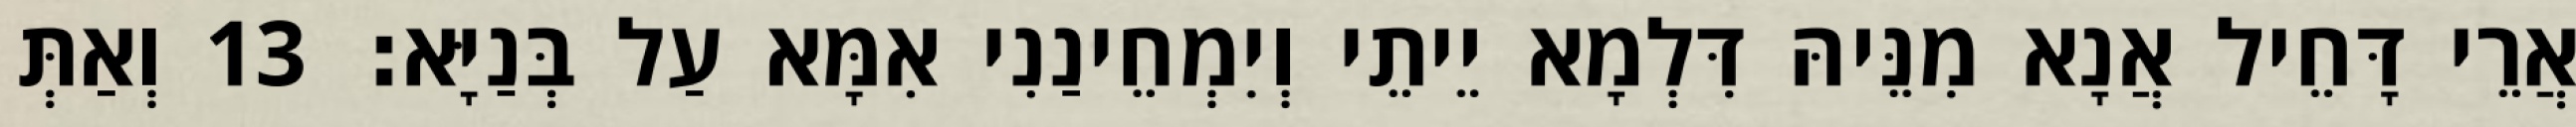
אֲרֵי דָּחֵיל אֲנָא מִנֵּיהּ דִּלְמָא יֵיתֵי וְיִמְחֵינַנִי אִמָּא עַל בְּנַיָּא׃ 13 וְאַתְּ